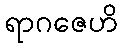
ရာဂဇေဟိ